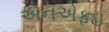
એનએફઇ